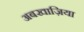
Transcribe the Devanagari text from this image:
अबखाज़िया